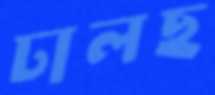
ঢালছ